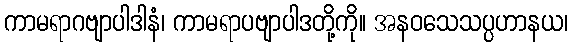
ကာမရာဂဗျာပါဒါနံ၊ ကာမရာပဗျာပါဒတို့ကို။ အနဝသေသပ္ပဟာနယ၊